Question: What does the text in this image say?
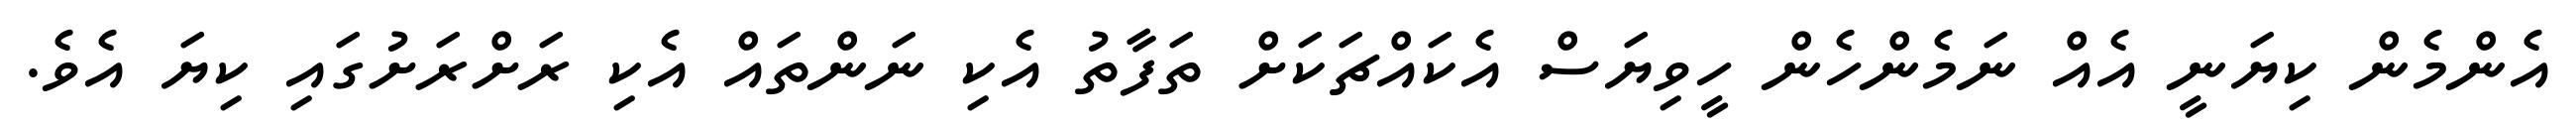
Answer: އެންމެން ކިޔަނީ އެއް ނަމެންހެން ހީވިޔަސް އެކައްޗަކަށް ތަފާތު އެކި ނަންތައް އެކި ރަށްރަށުގައި ކިޔަ އެވެ.